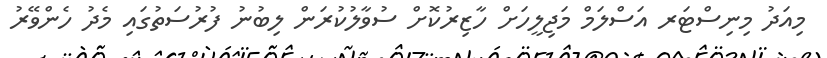
މިއަދު މިނިސްޓަރ އަސްލަމް މަޖިލީހަށް ހާޒިރުކޮށް ސުވާލުކުރަން ލިބުނު ފުރުސަތުގައި މެދު ހެންވޭރު